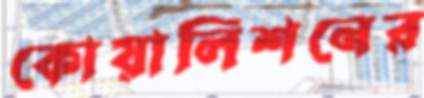
কোয়ালিশনের